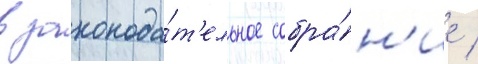
в законода́т'ельное собра́н'ие /